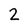
Character: 2